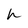
Character: h